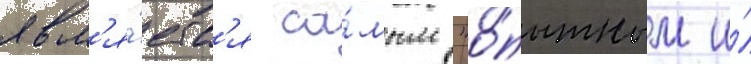
явл'я́етс'я са́мым "о́пытным и́